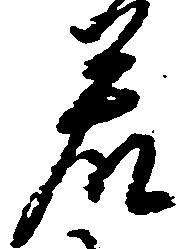
若